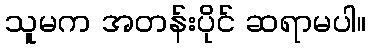
သူမက အတန်းပိုင် ဆရာမပါ။